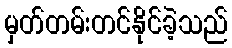
မှတ်တမ်းတင်နိုင်ခဲ့သည်